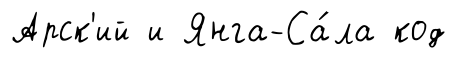
Арск'ий и Янга-Са́ла код